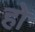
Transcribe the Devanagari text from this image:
हो